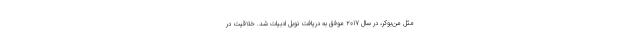
مثل من‌بوکر، در سال 2017 موفق به دریافت نوبل ادبیات شد. خلاقیت در